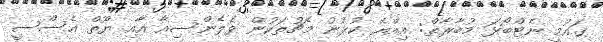
ގައުމީ ނެޓްބޯޅަ މުބާރާތް: އިއްޔެ ކުޅުނު މެޗުތަކުން ވެލެންސިއާ އާއި ޔޫތް އެސްސީ